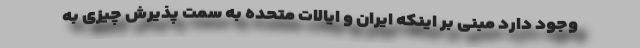
وجود دارد مبنی بر اینکه ایران و ایالات متحده به سمت پذیرش چیزی به